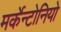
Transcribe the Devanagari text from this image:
मर्केन्टोनियो